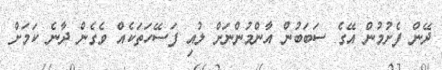
ދޭން ފެށުމުން އޭގެ ސަބަބުން އާންމުންނަށް ލުއި ފަސޭހަތަކެއް ވެގެން ދާނެ ކަމަށް